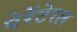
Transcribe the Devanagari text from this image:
पेरेंटेरल